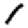
Digit: 1